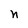
Character: n